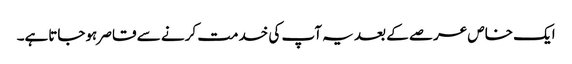
ایک خاص عرصے کے بعد یہ آپ کی خدمت کرنے سے قاصر ہوجاتاہے۔